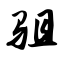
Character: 驵